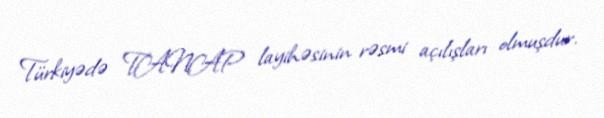
Türkiyədə TANAP layihəsinin rəsmi açılışları olmuşdur.